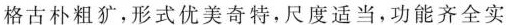
格古朴粗犷，形式优美奇特，尺度适当，功能齐全实